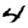
Digit: 4